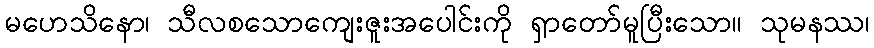
မဟေသိနော၊ သီလစသောကျေးဇူးအပေါင်းကို ရှာတော်မူပြီးသော။ သုမနဿ၊